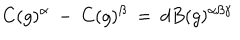
LaTeX: C ( g ) ^ { \alpha } \: - \: C ( g ) ^ { \beta } \: = \: d B ( g ) ^ { \alpha \beta \gamma }